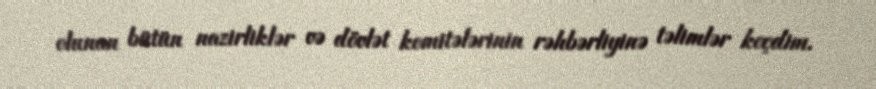
olunan bütün nazirliklər və dövlət komitələrinin rəhbərliyinə təlimlər keçdim.